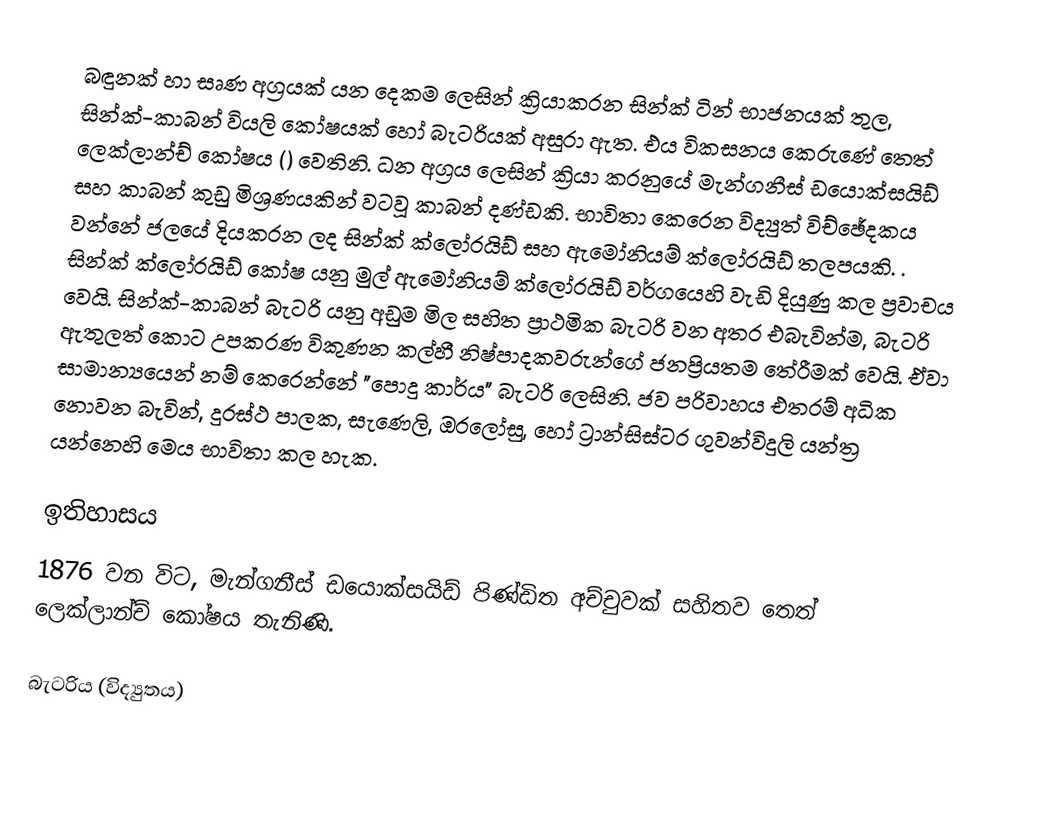
බඳුනක් හා සෘණ අග්‍රයක් යන දෙකම ලෙසින් ක්‍රියාකරන සින්ක් ටින් භාජනයක් තුල,  සින්ක්-කාබන් වියලි කෝෂයක් හෝ බැටරියක් අසුරා ඇත. එය විකසනය කෙරුණේ තෙත් ලෙක්ලාන්ච් කෝෂය () වෙතිනි. ධන අග්‍රය ලෙසින් ක්‍රියා කරනුයේ  මැන්ගනීස් ඩයොක්සයිඩ් සහ  කාබන් කුඩු මිශ්‍රණයකින් වටවූ කාබන් දණ්ඩකි. භාවිතා කෙරෙන විද්‍යුත් විච්ඡේදකය වන්නේ ජලයේ දියකරන ලද සින්ක් ක්ලෝරයිඩ් සහ ඇමෝනියම් ක්ලෝරයිඩ් තලපයකි. . සින්ක් ක්ලෝරයිඩ් කෝෂ යනු මුල් ඇමෝනියම් ක්ලෝරයිඩ් වර්ගයෙහි වැඩි දියුණු කල ප්‍රවාචය වෙයි. සින්ක්-කාබන් බැටරි යනු අඩුම මිල සහිත ප්‍රාථමික බැටරි වන අතර එබැවින්ම, බැටරි ඇතුලත් කොට උපකරණ විකුණන කල්හී නිෂ්පාදකවරුන්ගේ ජනප්‍රියතම තේරීමක් වෙයි. ඒවා සාමාන්‍යයෙන් නම් කෙරෙන්නේ  "පොදු කාර්ය" බැටරි ලෙසිනි. ජව පරිවාහය එතරම් අධික නොවන බැවින්,  දුරස්ථ පාලක, සැණෙලි, ඔරලෝසු, හෝ ට්‍රාන්සිස්ටර ගුවන්විදුලි යන්ත්‍ර යන්නෙහි මෙය භාවිතා කල හැක.

ඉතිහාසය
1876 වන විට, මැන්ගනීස් ඩයොක්සයිඩ් පිණ්ඩිත අච්චුවක් සහිතව තෙත් ලෙක්ලාන්ච් කෝෂය‍‍‍ තැනිණි.

බැටරිය (විද්‍යුතය)